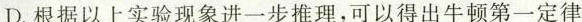
D.根据以上实验现象进一步推理，可以得出牛顿第一定律